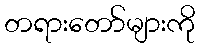
တရားတော်များကို